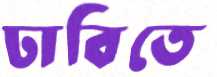
ঢাবিতে